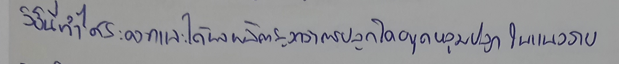
วิธีนี้ทำได้สะดวกและได้ผลผลิตสูงกว่าการปลูกโดยขุดหลุมปลูกในแนวราบ